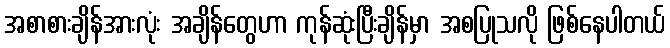
အစာစားချိန်အားလုံး အချိန်တွေဟာ ကုန်ဆုံးပြီးချိန်မှာ အစပြုသလို ဖြစ်နေပါတယ်